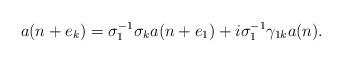
LaTeX: \begin{align*} a(n + e_k) = \sigma_1^{-1} \sigma_k a(n + e_1) + i \sigma_1^{-1} \gamma_{1k} a(n).\end{align*}